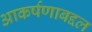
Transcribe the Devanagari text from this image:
आकर्षणाबद्दल